Punjab Mental Hospital Lahore 1932-46 - 1932-1946
Year: 1932
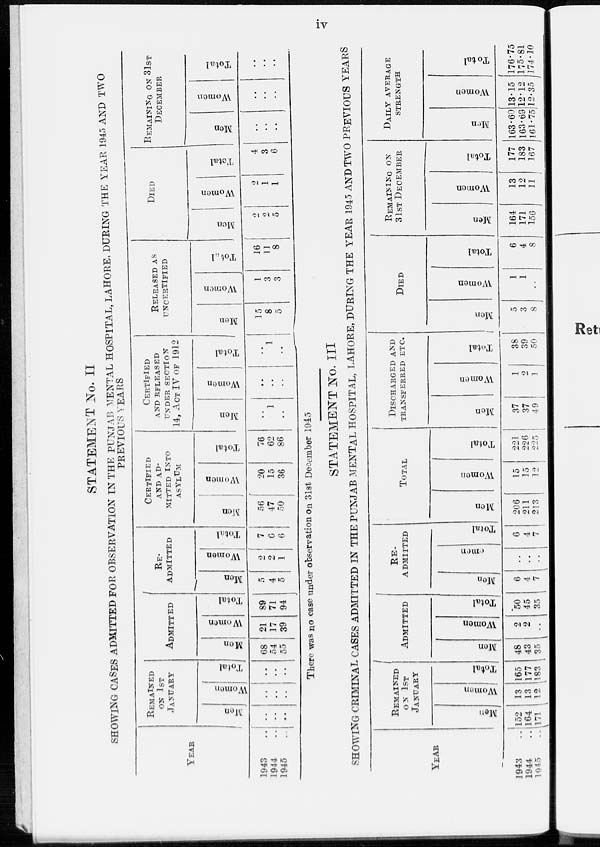
iv
STATEMENT No. II
SHOWING CASES ADMITTED FOR OBSERVATION IN THE PUNJAB MENTAL HOSPITAL, LAHORE, DURING THE YEAR 1945 AND TWO
PREVIOUS YEARS
YEAR
1943
..
1944 ..
1945 ..
REMAINED
ON 1ST
JANUARY
Men
..
..
..
Women
..
..
..
Total
..
..
..
ADMITTED
Men
68
54
55
Women
21
17
39
Total
89
71
94
RE-
--------
Men
5
4
5
Women
2
2
1
Total
7
6
6
CERTIFIED
AND AD-
MITTED INTO
ASYLUM
Men
56
47
50
Women
20
15
36
Total
76
62
86
CERTIFIED
AND RELEASED
UNDER SECTION
14, ACT IV OF 1912
Men
..
1
..
Women
..
..
..
Total
..
1
..
RELEASED AS
UNCERTIFIED
Men
15
8
5
Women
1
3
3
Total
16
11
8
DIED
Men
2
2
5
Women
2
1
1
Total
4
3
6
REMAINING ON 31ST
DECEMBER
Men
..
..
..
Women
..
..
..
Total
..
..
..
There was no case under observation on 31st December 1945
STATEMENT No. III
SHOWING CRIMINAL CASES ADMITTED IN THE PUNJAB .MENTAL HOSPITAL, LAHORE, DURING THE YEAR 1945 AND TWO PREVIOUS YEARS
YEAR
1943 ..
1944 ..
1945 ..
REMAINED
ON 1 ST
JANUARY
Men
152
164
171
Women
13
13
12
Total
165
177
183
ADMITTED
Men
48
43
35
Women
2
2
..
Total
50
45
35
RE-
ADMITTED
Men
6
4
7
Women
..
..
..
Total
6
4
7
TOTAL
Men
206
211
213
Women
15
15
12
Total
221
226
225
DISCHARGED AND
TRANSFERRED
ETC.
Men
37
37
49
Women
1
2
1
Total
38
39
50
DIED
Men
5
3
8
Women
1
1
..
Total
6
4
8
REMAINING
ON
31ST
DECEMBER
Men
164
171
156
Women
13
12
11
Total
177
183
167
DAILY AVERAGE
STRENGTH
Man
163.60
163.69
161.75
Women
13.15
12.12
12.35
Total
176.75
175.81
174.10